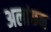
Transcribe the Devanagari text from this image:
अलांछन